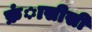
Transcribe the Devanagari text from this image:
फ्रंासीसी